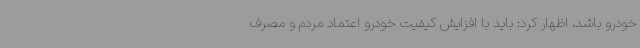
خودرو باشد، اظهار کرد: باید با افزایش کیفیت خودرو اعتماد مردم و مصرف